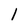
Character: 1